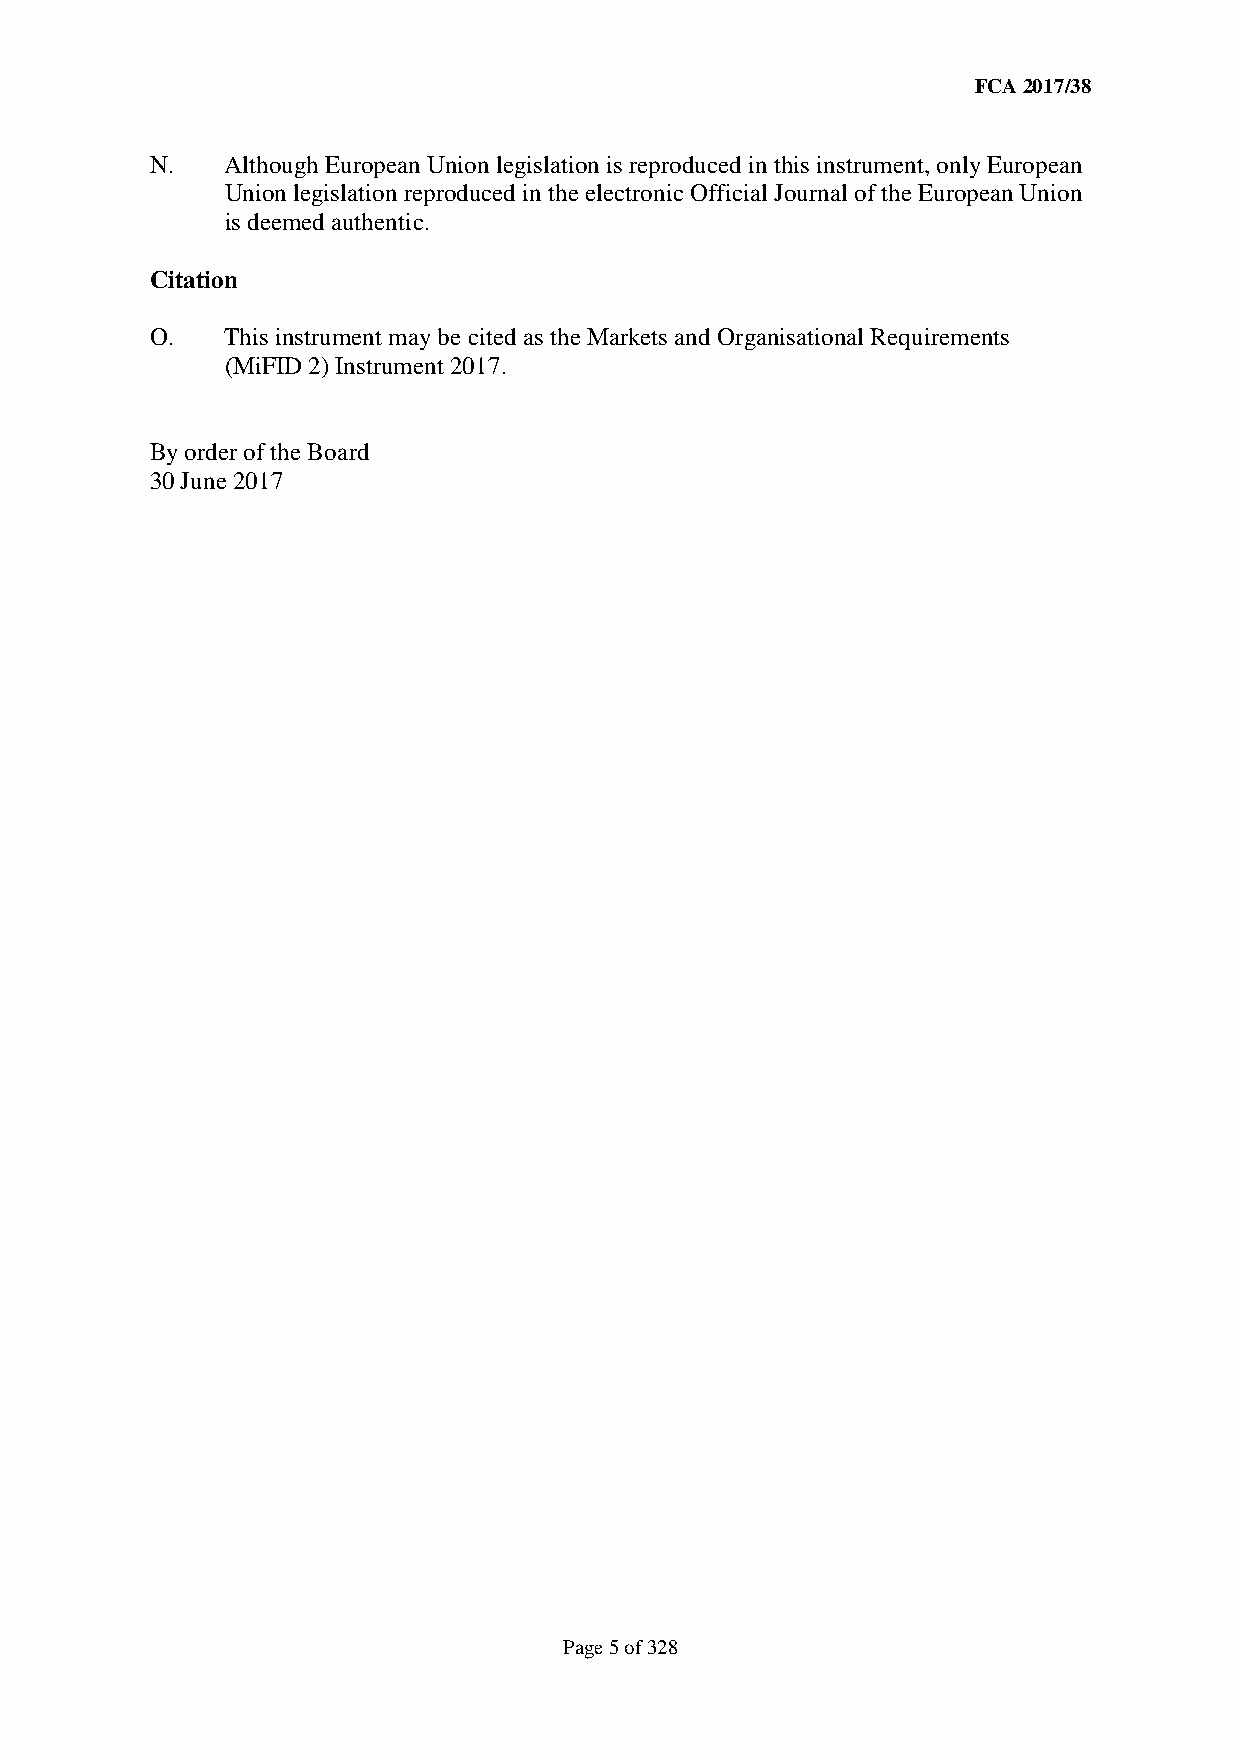
FCA 2017/38
 N.   Although European Union legislation is reproduced in this instrument, only European
 Union legislation reproduced in the electronic Official Journal of the European Union
 is deemed authentic.
 Citation
 O.   This instrument may be cited as the Markets and Organisational Requirements
 (MiFID 2) Instrument 2017.
 By order of the Board
 30 June 2017
 Page 5 of 328